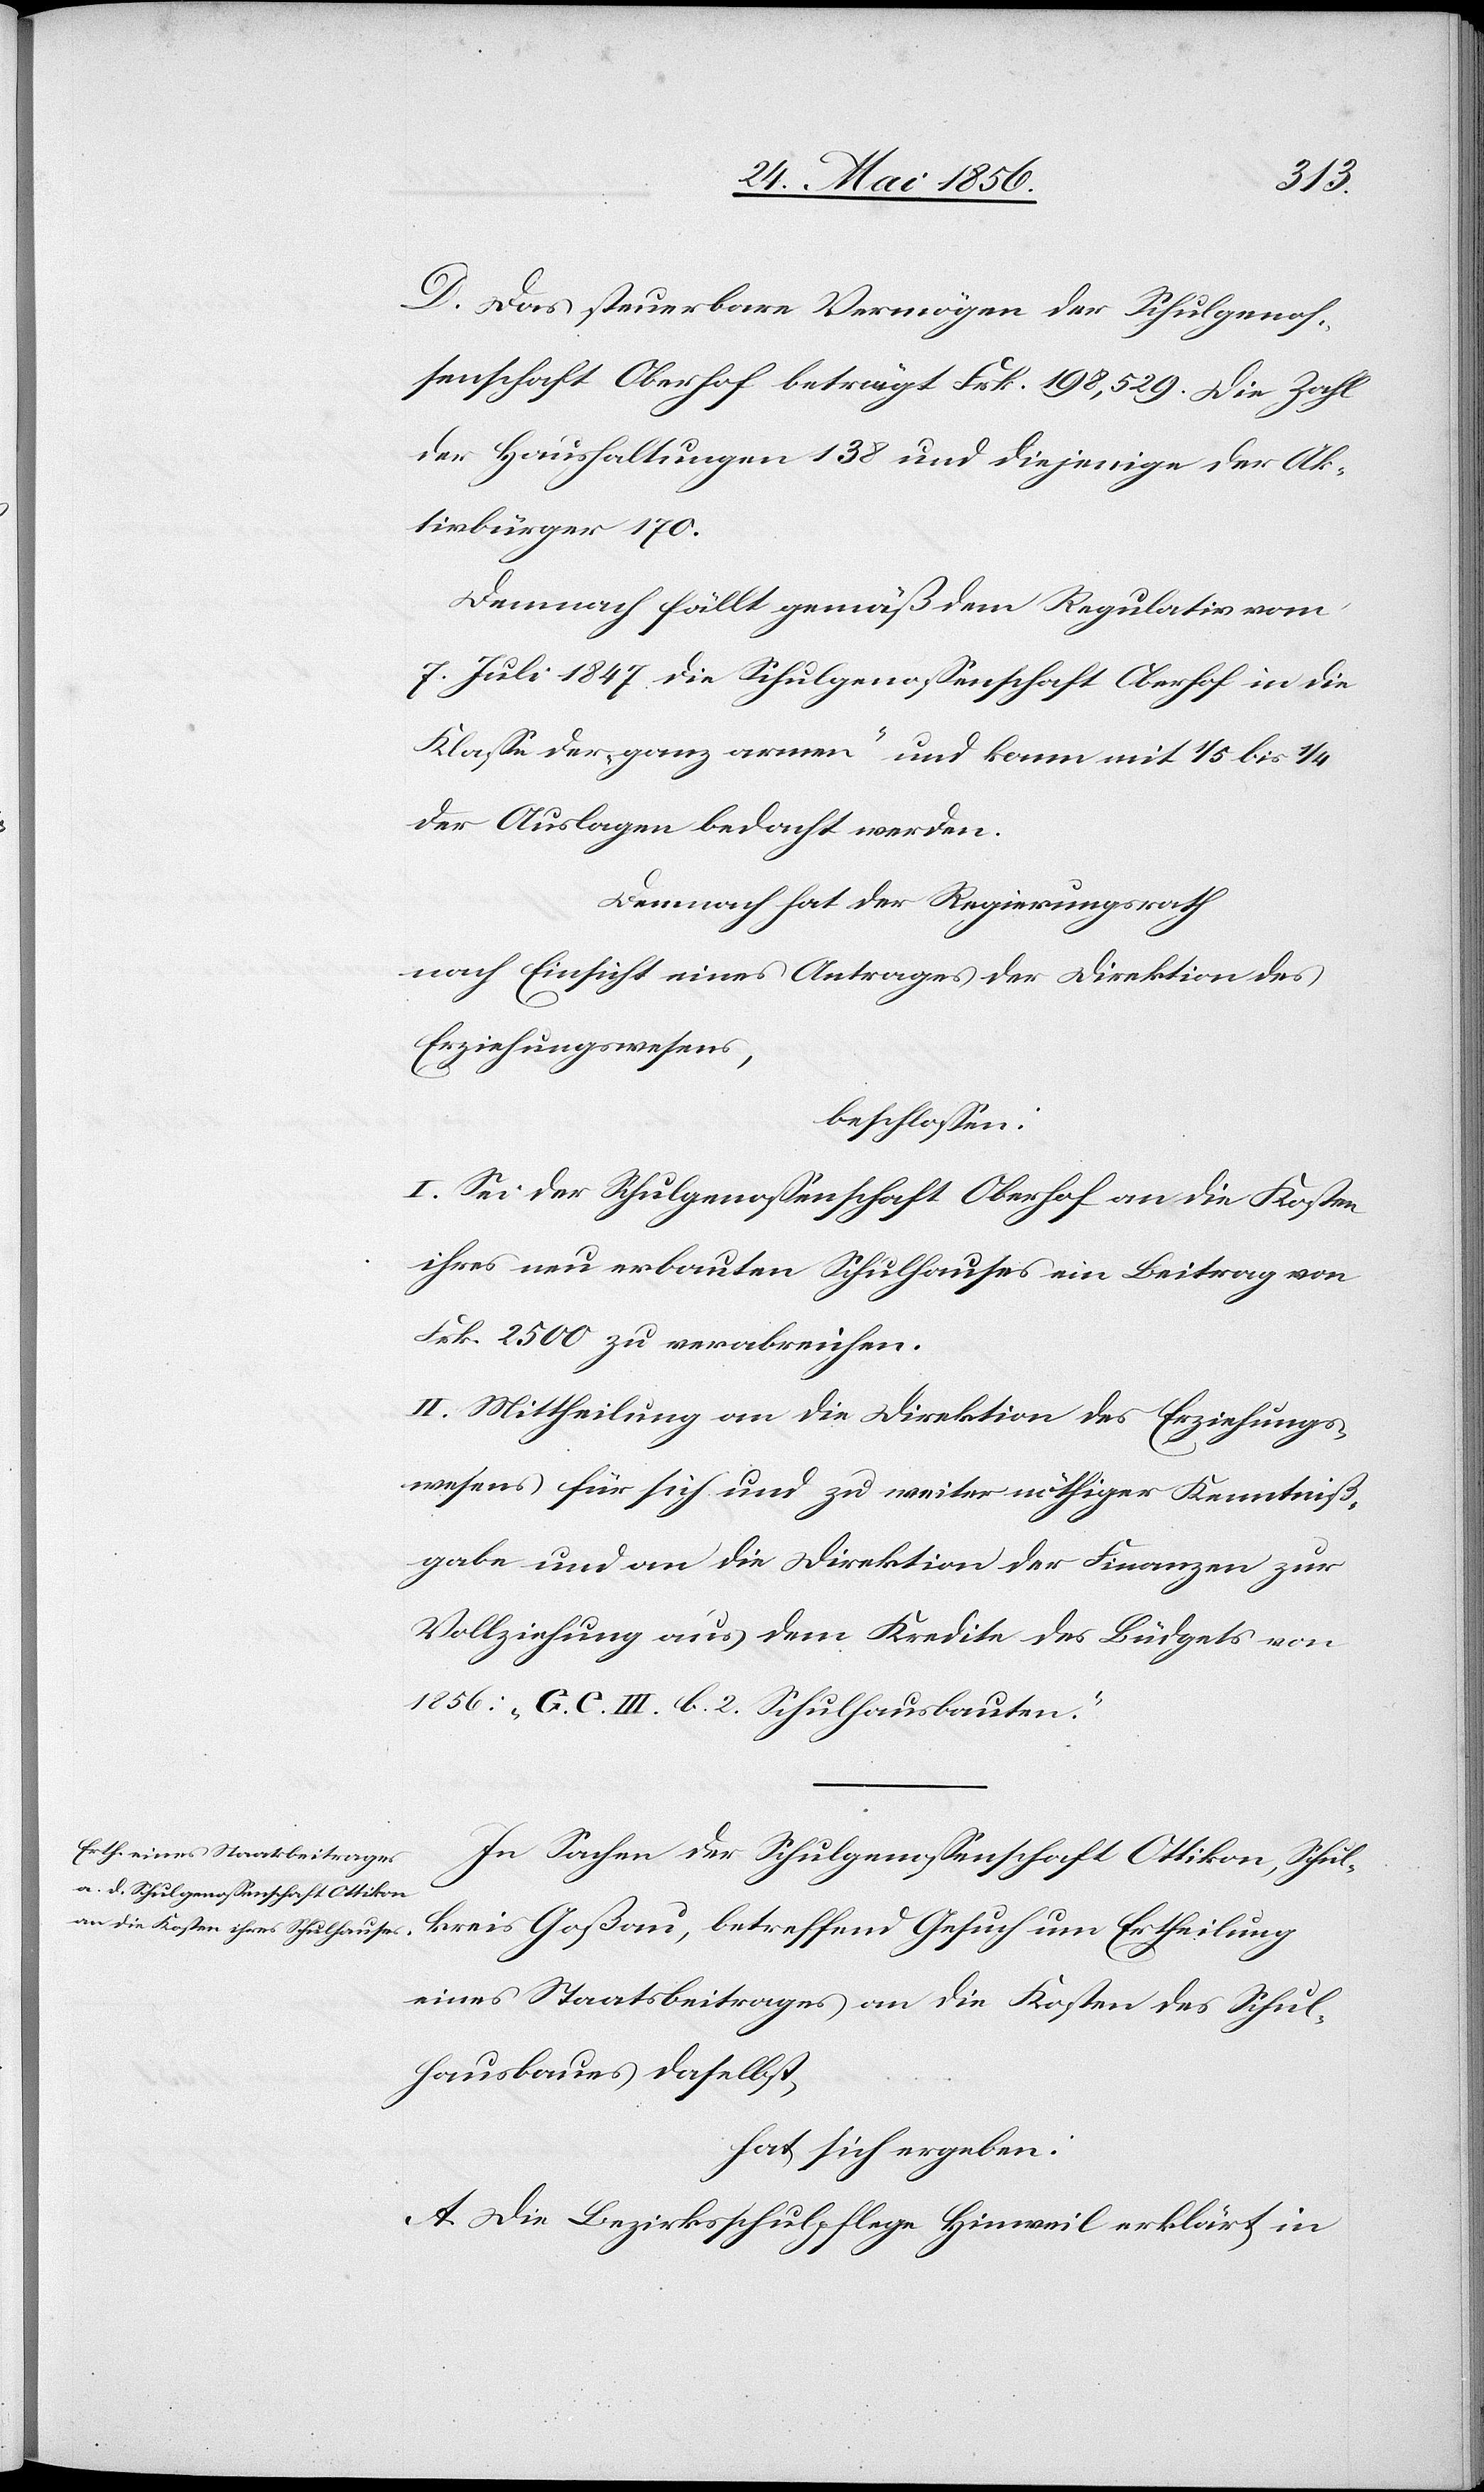
D. Das steuerbare Vermögen der Schulgenos¬
senschaft Oberhof beträgt Frk. 198,529. Die Zahl
der Haushaltungen 138 und diejenigen der Ak¬
tivbürger 170.
Demnach fällt gemäß dem Regulativ vom
7. Juli 1847 die Schulgenossenschaft Oberhof in die
Klasse der „ganz armen“ und kann mit 1/5 bis ¼
der Auslagen bedacht werden.
Demnach hat der Regierungsrath
nach Einsicht eines Antrages der Direktion des
Erziehungswesens,
beschlossen:
I. Sei der Schulgenossenschaft Oberhof an die Kosten
ihres neu erbauten Schulhauses ein Beitrag von
Frk. 2500 zu verabreichen.
II. Mittheilung an die Direktion des Erziehungs¬
wesens für sich und zu weiter nöthiger Kenntniß¬
gabe und an die Direktion der Finanzen zur
Vollziehung aus dem Kredite des Büdgets von
1856: „G. C. III. b. 2. Schulhausbauten“.
In Sachen der Schulgenossenschaft Ottikon, Schul¬
kreis Goßau, betreffend Gesuch um Ertheilung
eines Staatsbeitrages an die Kosten des Schul¬
hausbaues daselbst,
hat sich ergeben:
A. Die Bezirksschulpflege Hinweil erklärt in